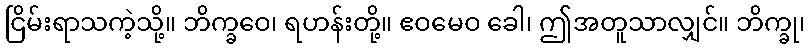
ငြိမ်းရာသကဲ့သို့။ ဘိက္ခဝေ၊ ရဟန်းတို့။ ဧဝမေဝ ခေါ၊ ဤအတူသာလျှင်။ ဘိက္ခု၊